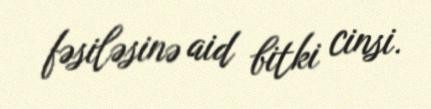
fəsiləsinə aid bitki cinsi.